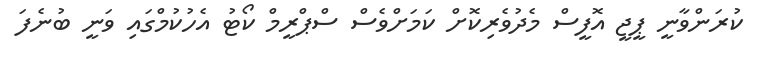
ކުރަންވާނީ ޕީޖީ އޮފީސް މެދުވެރިކޮށް ކަމަށްވެސް ސްޕްރީމް ކޯޓު އެހުކުމްގައި ވަނީ ބުނެފަ